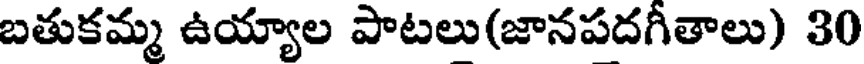
బతుకమ్మ ఉయ్యాల పాటలు(జానపదగీతాలు) 30